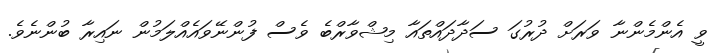
ވީ އެންމެންނާ ވަރަށް ދުރުގަ ސަދާދައްތައާ މިޝްވާރްބެ ވެސް ފުންނޭވައެއްލަމުން ނައިރާ ބުންނެވެ.